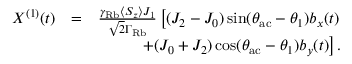
\begin{array} { r l r } { X ^ { ( 1 ) } ( t ) } & { = } & { \frac { \gamma _ { \mathrm { R b } } \langle S _ { z } \rangle J _ { 1 } } { \sqrt { 2 } \Gamma _ { \mathrm { R b } } } \left[ ( J _ { 2 } - J _ { 0 } ) \sin ( \theta _ { \mathrm { a c } } - \theta _ { 1 } ) b _ { x } ( t ) \right. } \\ & { } & { \left. + ( J _ { 0 } + J _ { 2 } ) \cos ( \theta _ { \mathrm { a c } } - \theta _ { 1 } ) b _ { y } ( t ) \right] . } \end{array}